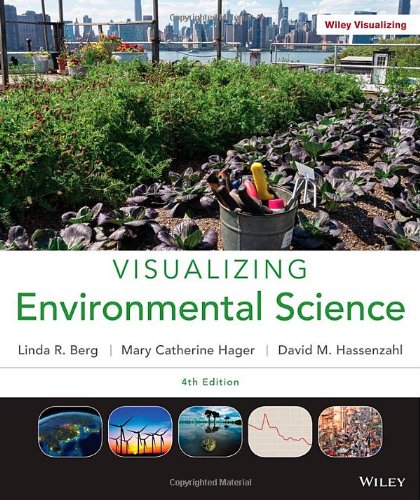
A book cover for Visualizing Environmental Science; Linda R. Berg; Science & Math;